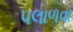
પલાળવા